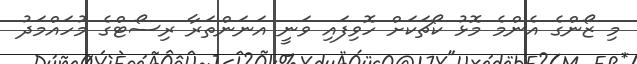
މި ޒޯންގެ އެންމެ މޮޅު ކޯޗަކަށް ހޮވިފައި ވަނީ އަނަންތަރާ ރިސޯޓްގެ މުހައްމަދު